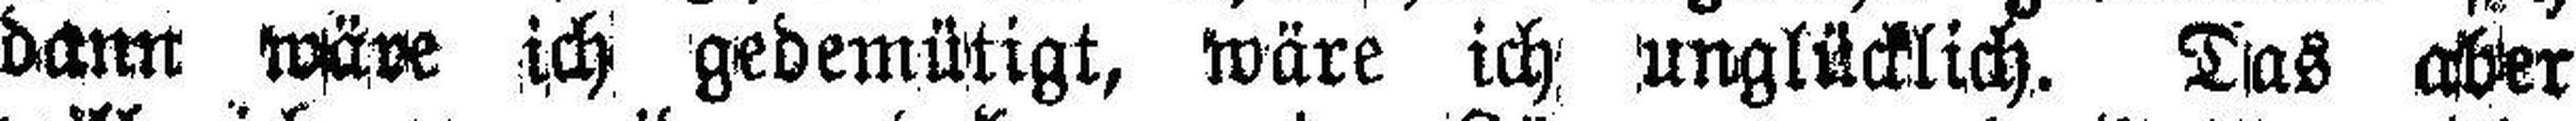
dann wäre ich gedemütigt, wäre ich unglücklich. Das aber